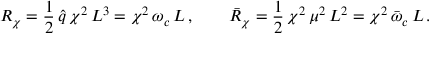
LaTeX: R _ { \chi } = \frac { 1 } { 2 } \, \hat { q } \, \chi ^ { 2 } \, L ^ { 3 } = \chi ^ { 2 } \, \omega _ { c } \, L \, , \qquad \bar { R } _ { \chi } = \frac { 1 } { 2 } \, \chi ^ { 2 } \, \mu ^ { 2 } \, L ^ { 2 } = \chi ^ { 2 } \, \bar { \omega } _ { c } \, L \, .